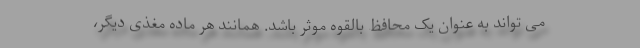
می تواند به عنوان یک محافظ بالقوه موثر باشد. همانند هر ماده مغذی دیگر،